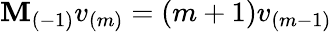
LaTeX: \mathbf{M}_{(-1)}v_{(m)}=(m+1)v_{(m-1)}